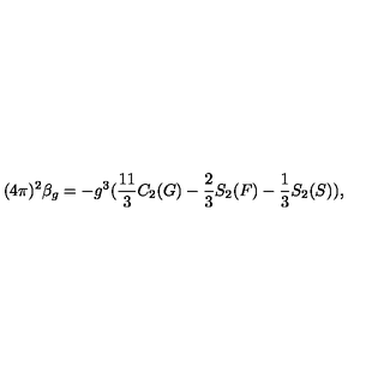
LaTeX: ( 4 \pi ) ^ { 2 } \beta _ { g } = - g ^ { 3 } ( \frac { 1 1 } { 3 } C _ { 2 } ( G ) - \frac { 2 } { 3 } S _ { 2 } ( F ) - \frac { 1 } { 3 } S _ { 2 } ( S ) ) ,